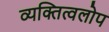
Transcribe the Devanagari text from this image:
व्यक्तित्वलोप